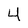
Character: 4